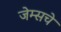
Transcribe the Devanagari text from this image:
जेम्सचे